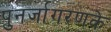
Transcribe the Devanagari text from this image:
पुनर्जागरणके